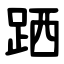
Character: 跴